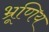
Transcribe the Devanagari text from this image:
भ्रूणिय